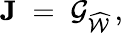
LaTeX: \mathbf{J}\; =\; {\mathcal G}_{\widehat{\mathcal W}}\, ,